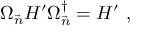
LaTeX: \Omega _ { \vec { n } } H ^ { \prime } \Omega _ { \vec { n } } ^ { \dagger } = H ^ { \prime } \ ,